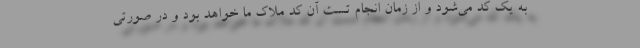
به یک کد می‌شود و از زمان انجام تست آن کد ملاک ما خواهد بود و در صورتی